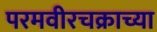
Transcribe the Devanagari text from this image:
परमवीरचक्राच्या